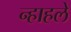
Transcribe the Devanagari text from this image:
न्हाहले